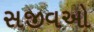
સજીવઓ